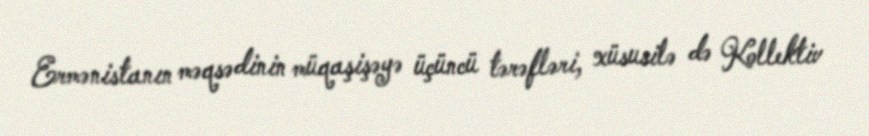
Ermənistanın məqsədinin müqaşişəyə üçüncü tərəfləri, xüsusilə də Kollektiv